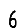
Digit: 6